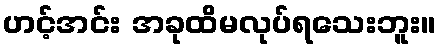
ဟင့်အင်း အခုထိမလုပ်ရသေးဘူး။